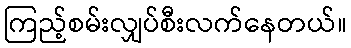
ကြည့်စမ်းလျှပ်စီးလက်နေတယ်။